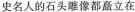
史名人的石头雕像都矗立在